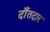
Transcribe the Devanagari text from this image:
दाँतदार